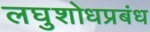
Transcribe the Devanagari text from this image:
लघुशोधप्रबंध